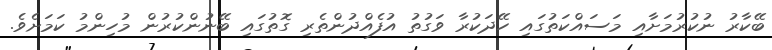
ބޭކާރު ނުކުރުމަށާއި މަސައްކަތުގައި ހޭދަކުރާ ވަގުތު އުފެއްދުންތެރި ގޮތުގައި ބޭނުންކުރުން މުހިންމު ކަމަށެވެ.